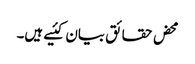
محض حقائق بیان کئیے ہیں۔